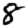
Digit: 8